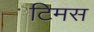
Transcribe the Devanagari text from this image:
टिमस